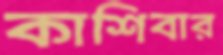
কাশিবার